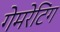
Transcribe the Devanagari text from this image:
गेमरेटिंग